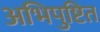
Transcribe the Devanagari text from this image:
अभिपुष्टित